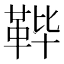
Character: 𱁴